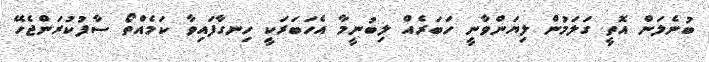
ބުނެެލަން އޮތީ ގަލަމުން ލިޔަންވާނީ ހަބަރެއް ލިބުނީމާ އެހަބަރަކީ ހިނގާފައިވާ ކަމެއްތޯ ސާފުކުރަންޖެހޭ